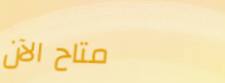
متاح الآن